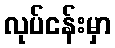
လုပ်ငန်းမှာ